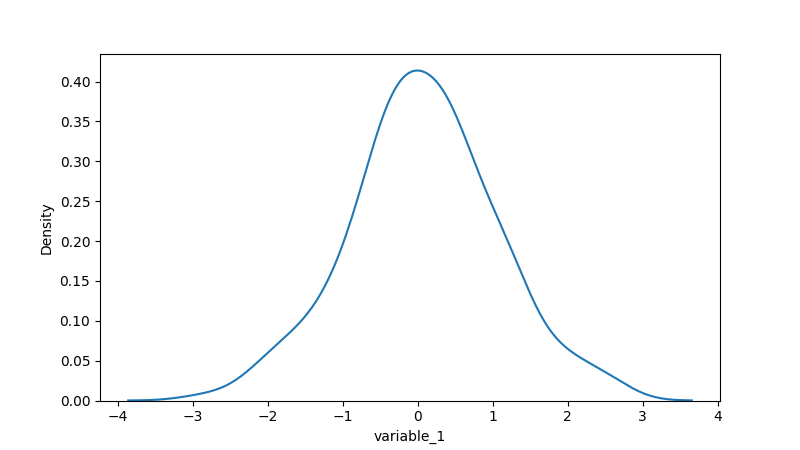
python, seaborn, kdeplot, hue='None', fill=False, bw_adjust=1.0